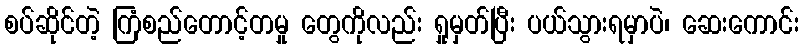
စပ်ဆိုင်တဲ့ ကြံစည်တောင့်တမှု တွေကိုလည်း ရှုမှတ်ပြီး ပယ်သွားရမှာပဲ၊ ဆေးကောင်း